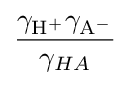
{\frac {\gamma _{\mathrm {H} {\vphantom {A}}^{+}}\gamma _{\mathrm {A} {\vphantom {A}}^{-}}}{\gamma _{HA}}}